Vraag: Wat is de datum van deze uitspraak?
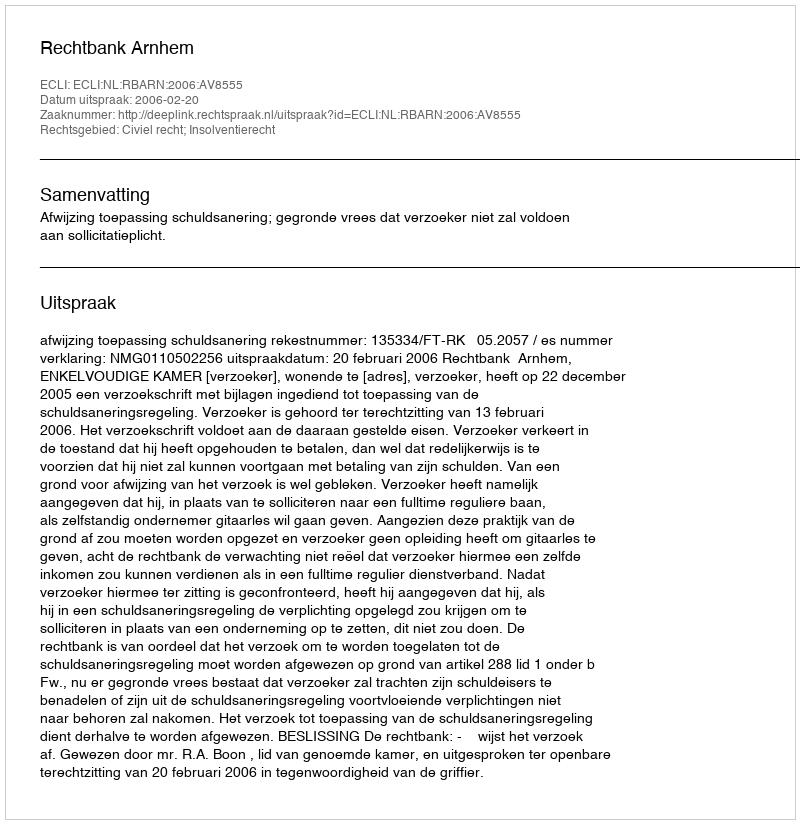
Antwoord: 2006-02-20